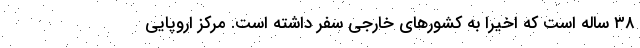
۳۸ ساله است که اخیراً به کشورهای خارجی سفر داشته است. مرکز اروپایی